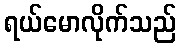
ရယ်မောလိုက်သည်